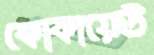
কোকায়েউ